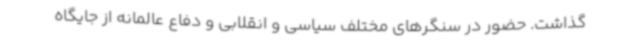
گذاشت. حضور در سنگرهای مختلف سیاسی و انقلابی و دفاع عالمانه از جایگاه